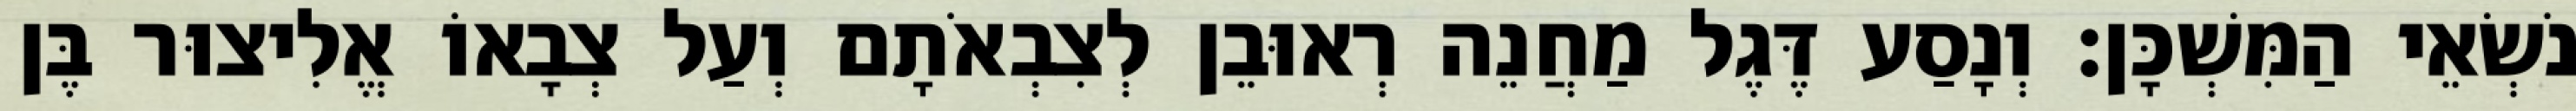
נֹשְׂאֵי הַמִּשְׁכָּן׃ וְנָסַע דֶּגֶל מַחֲנֵה רְאוּבֵן לְצִבְאֹתָם וְעַל צְבָאוֹ אֱלִיצוּר בֶּן